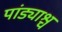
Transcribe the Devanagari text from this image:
पांड्याश्च